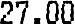
27.00